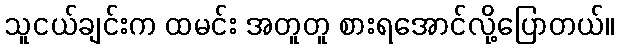
သူငယ်ချင်းက ထမင်း အတူတူ စားရအောင်လို့ပြောတယ်။